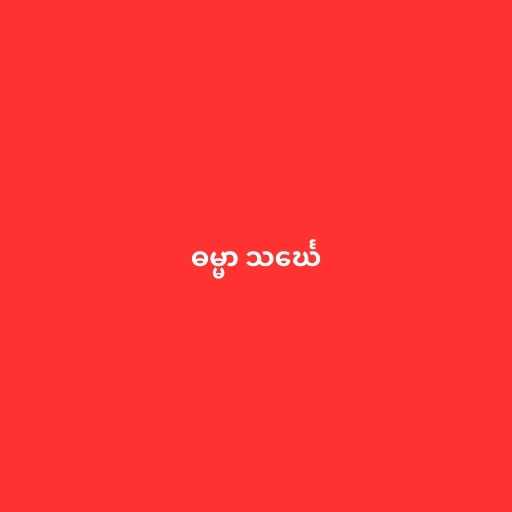
ဓမ္မာ သင်္ဃေ